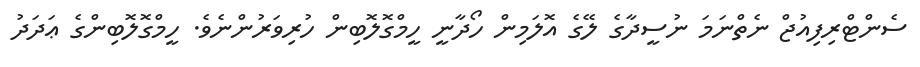
ސެންޓްރިފިއުޖް ނެތްނަމަ ނުސީދާގެ ލޭގެ އޮލަމިން ހޯދާނީ ހީމްގޮލޮބިން ހުރިވަރުންނެވެ. ހީމްގޮލޮބިންގެ ޢަދަދު